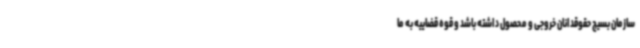
سازمان بسیج حقوقدانان خروجی و محصول داشته باشد و قوه قضاییه به ما